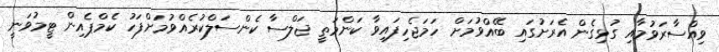
ވިއްސާރަވުމާއި ގުޅިގެން އެރަށުގައި ބޭއްވުމަށް ހަމަޖެހިފައިވާ ކަންމަތީ ޖަލްސާ ކެންސަލްކުރެއްވުމަށްފަހު ކެމްޕެއިން ޓީމުވަނީ